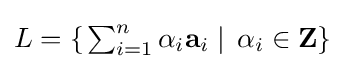
{\textstyle L=\left\{\left.\sum _{i=1}^{n}\alpha _{i}\mathbf {a} _{i}\;\right\vert \;\alpha _{i}\in {\textbf {Z}}\right\}}